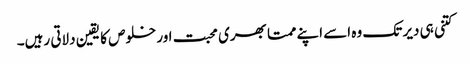
کتنی ہی دیر تک وہ اسے اپنے ممتا بھری محبت اور خلوص کا یقین دلاتی رہیں۔